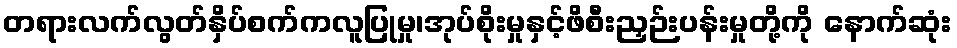
တရားလက်လွတ်နှိပ်စက်ကလူပြုမှု၊အုပ်စိုးမှုနှင့်ဖိစီးညှဉ်းပန်းမှုတို့ကို နောက်ဆုံး